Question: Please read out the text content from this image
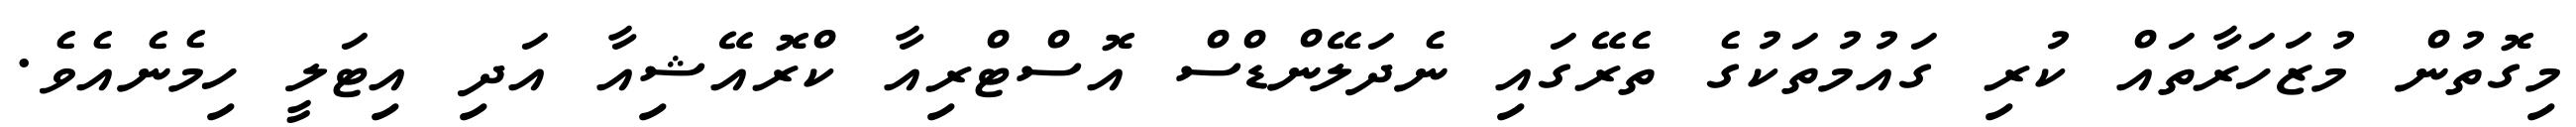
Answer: މިގޮތުން މުޒަހަރާތައް ކުރި ގައުމުތަކުގެ ތެރޭގައި ނެދަލޭންޑްސް އޮސްޓްރިއާ ކްރޮއޭޝިއާ އަދި އިޓަލީ ހިމެނެއެވެ.